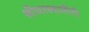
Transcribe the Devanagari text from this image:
श्रीधरस्वामींनी